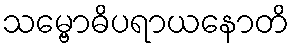
သမ္ဗောဓိပရာယနောတိ